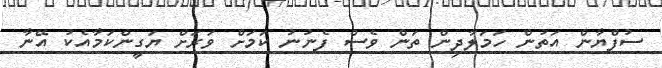
ސުފްޔާން އަތުން ހަމަލާދިން ތަން ވެސް ފެނުނު ކަމަށް ވަރަށް ޔަގީންކަމާއެކު އޭނާ